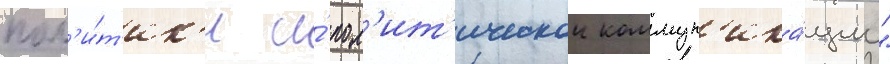
пол'и́т'ик'и и́ пол'ит'ическои коммун'ика́ции"